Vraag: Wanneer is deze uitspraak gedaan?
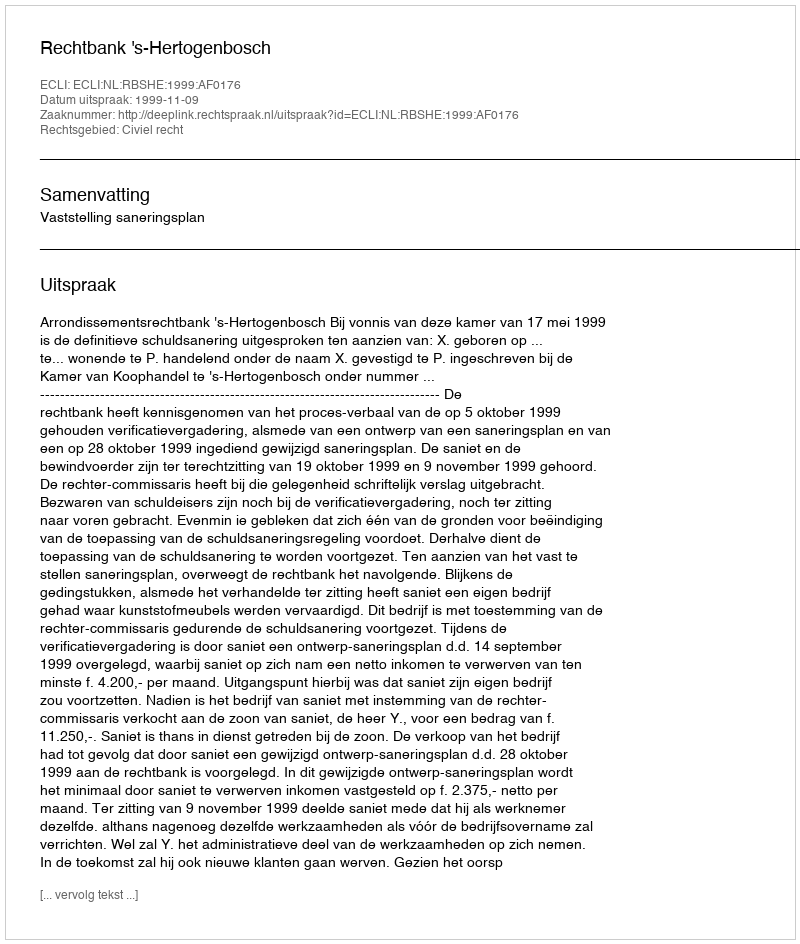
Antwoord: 1999-11-09